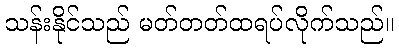
သန်းနိုင်သည် မတ်တတ်ထရပ်လိုက်သည်။